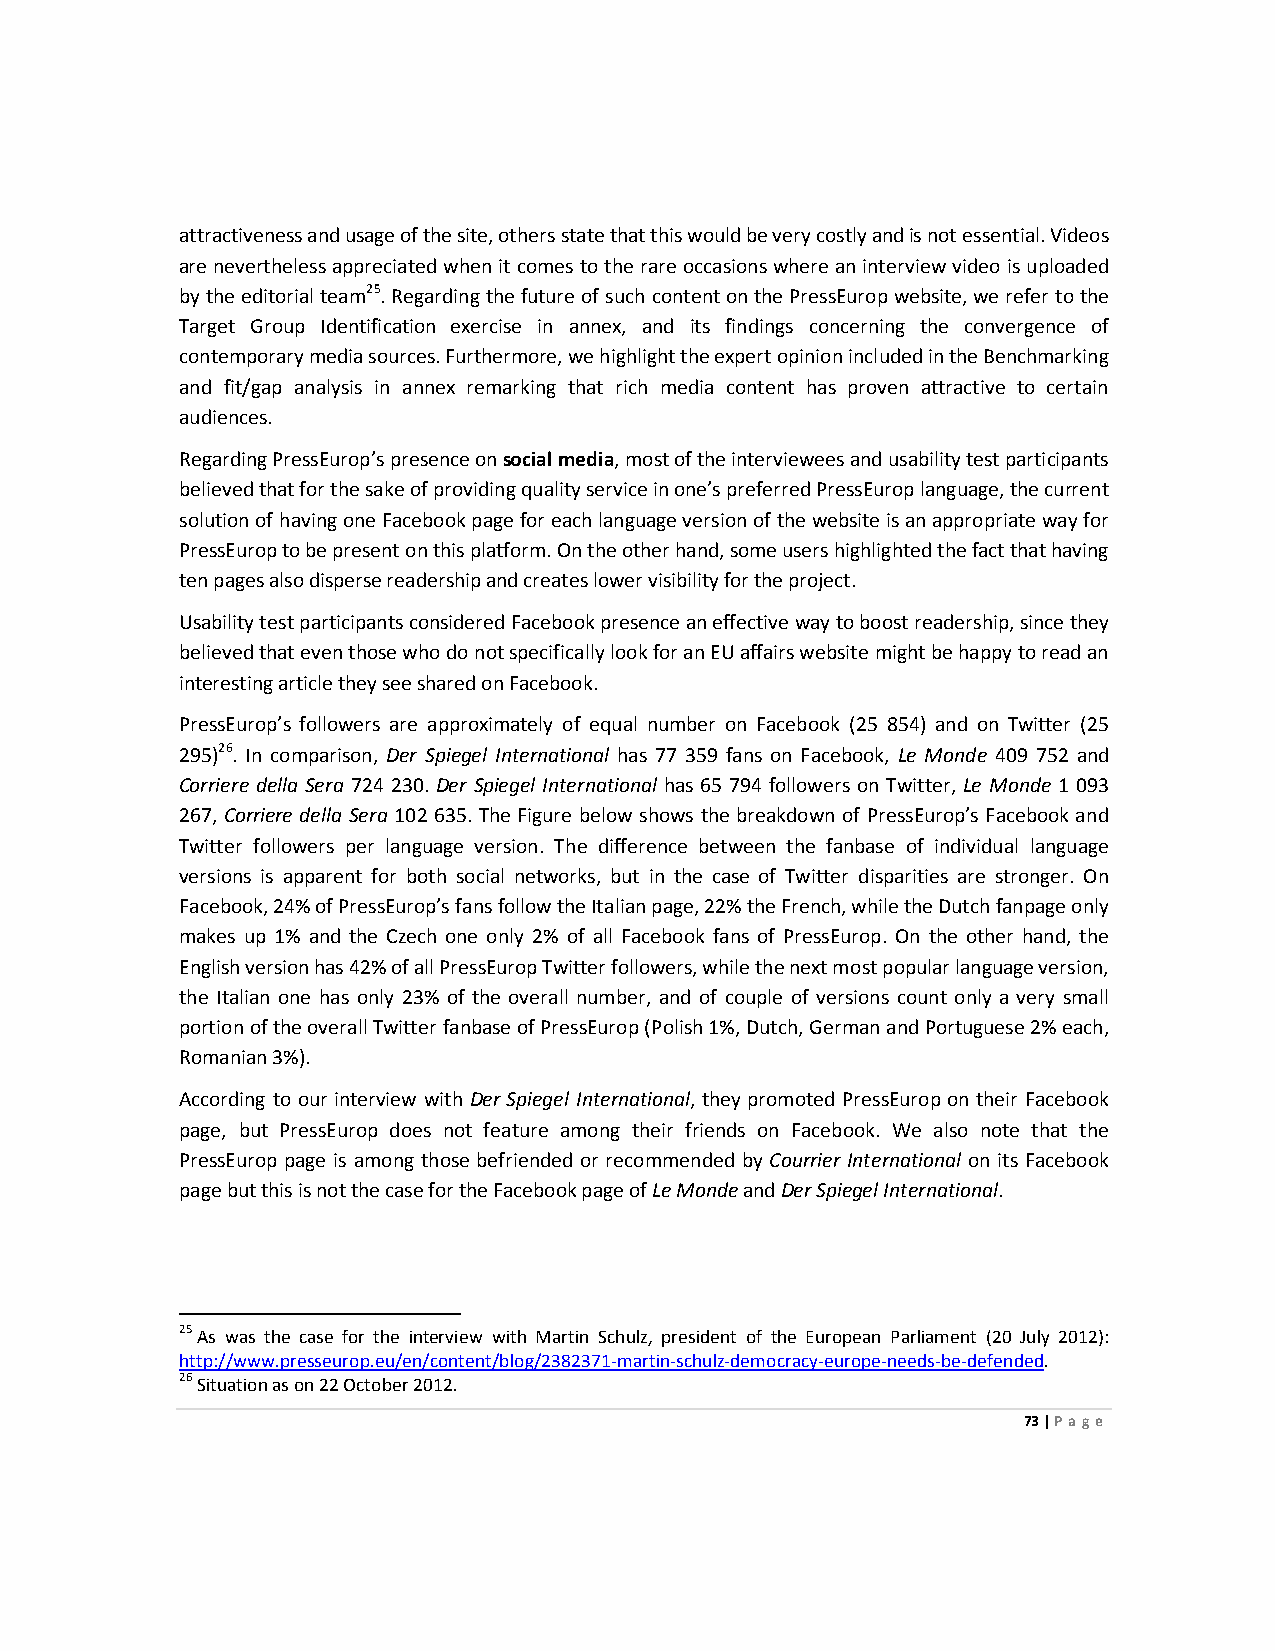
attractiveness and usage of the site, others state that this would be very costly and is not essential. Videos
 are nevertheless appreciated when it comes to the rare occasions where an interview video is uploaded
 by the editorial team25. Regarding the future of such content on the PressEurop website, we refer to the
 Target Group Identification exercise in annex, and its findings concerning the convergence of
 contemporary media sources. Furthermore, we highlight the expert opinion included in the Benchmarking
 and fit/gap analysis in annex remarking that rich media content has proven attractive to certain
 audiences.
 Regarding PressEurop’s presence on social media, most of the interviewees and usability test participants
 believed that for the sake of providing quality service in one’s preferred PressEurop language, the current
 solution of having one Facebook page for each language version of the website is an appropriate way for
 PressEurop to be present on this platform. On the other hand, some users highlighted the fact that having
 ten pages also disperse readership and creates lower visibility for the project.
 Usability test participants considered Facebook presence an effective way to boost readership, since they
 believed that even those who do not specifically look for an EU affairs website might be happy to read an
 interesting article they see shared on Facebook.
 PressEurop’s followers are approximately of equal number on Facebook (25 854) and on Twitter (25
 295)26. In comparison, Der Spiegel International has 77 359 fans on Facebook, Le Monde 409 752 and
 Corriere della Sera 724 230. Der Spiegel International has 65 794 followers on Twitter, Le Monde 1 093
 267, Corriere della Sera 102 635. The Figure below shows the breakdown of PressEurop’s Facebook and
 Twitter followers per language version. The difference between the fanbase of individual language
 versions is apparent for both social networks, but in the case of Twitter disparities are stronger. On
 Facebook, 24% of PressEurop’s fans follow the Italian page, 22% the French, while the Dutch fanpage only
 makes up 1% and the Czech one only 2% of all Facebook fans of PressEurop. On the other hand, the
 English version has 42% of all PressEurop Twitter followers, while the next most popular language version,
 the Italian one has only 23% of the overall number, and of couple of versions count only a very small
 portion of the overall Twitter fanbase of PressEurop (Polish 1%, Dutch, German and Portuguese 2% each,
 Romanian 3%).
 According to our interview with Der Spiegel International, they promoted PressEurop on their Facebook
 page, but PressEurop does not feature among their friends on Facebook. We also note that the
 PressEurop page is among those befriended or recommended by Courrier International on its Facebook
 page but this is not the case for the Facebook page of Le Monde and Der Spiegel International.
 25 As was the case for the interview with Martin Schulz, president of the European Parliament (20 July 2012):
 http://www.presseurop.eu/en/content/blog/2382371-martin-schulz-democracy-europe-needs-be-defended.
 26 Situation as on 22 October 2012.
 73 | Page